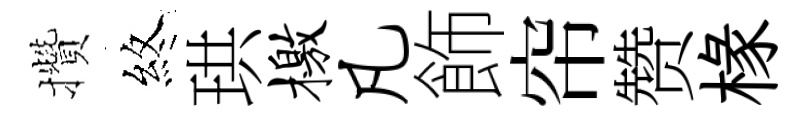
攢煞珙檄凡飾帘赞椽